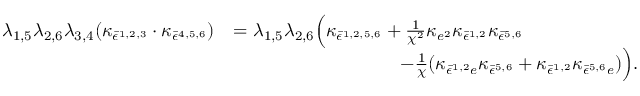
\begin{array} { r l } { \lambda _ { 1 , 5 } \lambda _ { 2 , 6 } \lambda _ { 3 , 4 } ( \kappa _ { \bar { \epsilon } ^ { 1 , 2 , 3 } } \cdot \kappa _ { \bar { \epsilon } ^ { 4 , 5 , 6 } } ) } & { = \lambda _ { 1 , 5 } \lambda _ { 2 , 6 } \Bigl ( \kappa _ { \bar { \epsilon } ^ { 1 , 2 , 5 , 6 } } + \frac { 1 } { \chi ^ { 2 } } \kappa _ { e ^ { 2 } } \kappa _ { \bar { \epsilon } ^ { 1 , 2 } } \kappa _ { \bar { \epsilon } ^ { 5 , 6 } } } \\ & { \quad \quad \quad \quad \quad \quad \quad \quad \quad - \frac { 1 } { \chi } ( \kappa _ { \bar { \epsilon } ^ { 1 , 2 } e } \kappa _ { \bar { \epsilon } ^ { 5 , 6 } } + \kappa _ { \bar { \epsilon } ^ { 1 , 2 } } \kappa _ { \bar { \epsilon } ^ { 5 , 6 } e } ) \Bigr ) . } \end{array}